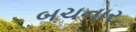
બચનાર